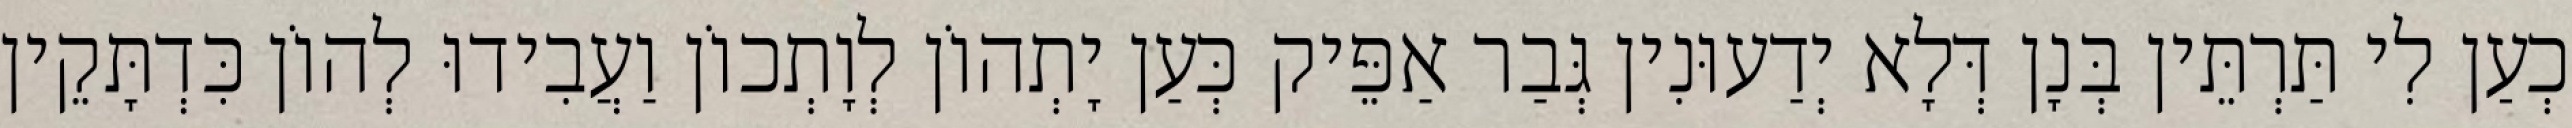
כְעַן לִי תַּרְתֵּין בְּנָן דְּלָא יְדַעוּנִין גְּבַר אַפֵּיק כְּעַן יָתְהוֹן לְוָתְכוֹן וַעֲבִידוּ לְהוֹן כִּדְתָּקֵין